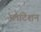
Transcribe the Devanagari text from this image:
प्लांटेशन